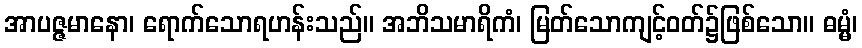
အာပဇ္ဇမာနော၊ ရောက်သောရဟန်းသည်။ အဘိသမာရိကံ၊ မြတ်သောကျင့်ဝတ်၌ဖြစ်သော။ ဓမ္မံ၊